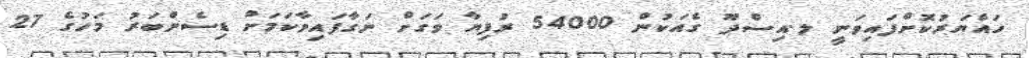
ހައްޔަރުކޮށްފައިވަނީ ލ.އިސްދޫ ގެއަކުން 54000 ރުފިޔާ ވަގަށް ނަގާފައިވާކަމަށް ޑިސެންބަރު މަހުގެ 27